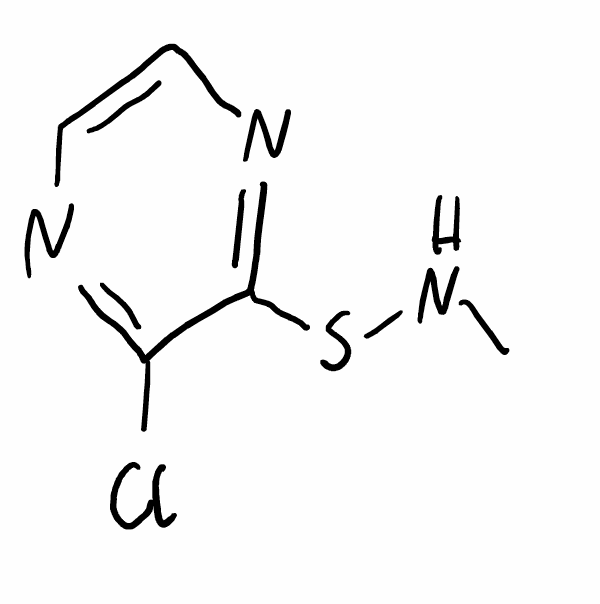
Simplified molecular-input line-entry system (SMILES) notation of the given molecule:
CNSC1=NC=CN=C1Cl